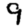
Digit: 9